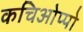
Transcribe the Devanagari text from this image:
कचिओप्पो